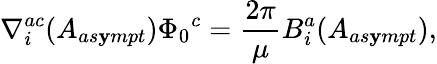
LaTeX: \nabla_{i}^{ac}(A_{as\mathbf{y}mpt}){\Phi_{0}}^{c}=\frac{{2\pi}}{{\mu}}B_{i}^{a}(A_{as\mathbf{y}mpt}),